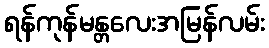
ရန်ကုန်မန္တလေးအမြန်လမ်း